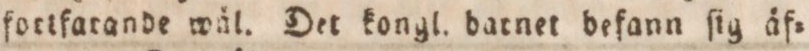
fortfarande wäl. Det kongl. datnet befann ſig äf=